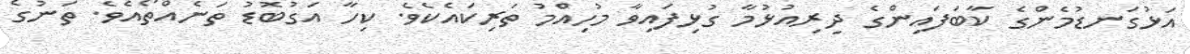
އަޅުގަނޑުމެންގެ ކާބަފައިންގެ ދިރިއުޅުމާ ގުޅިފައިވާ މުހިއްމު ތަރިކައެކެވެ. ކިހާ އަގުބޮޑު ތަނެއްތޯއެވެ. ތަނުގެ